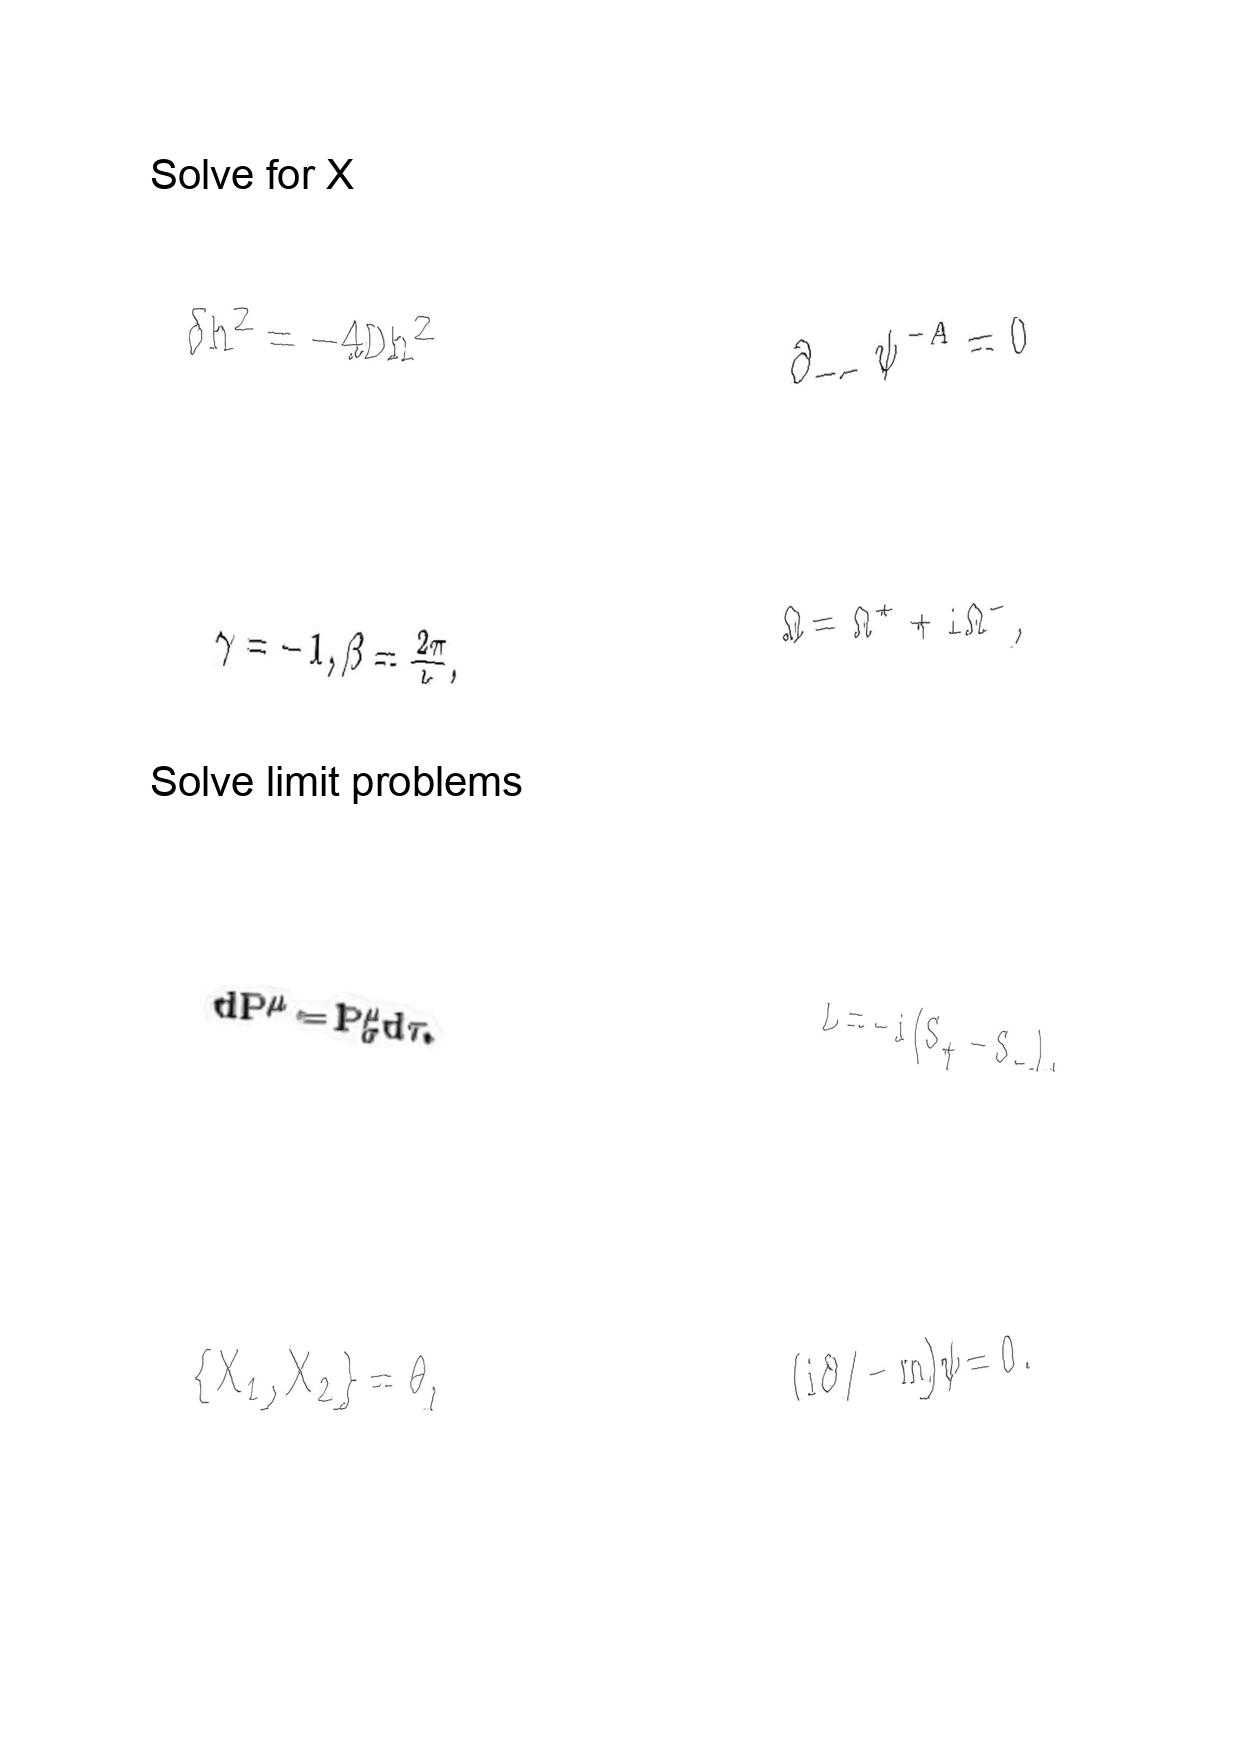
LaTeX transcription:
\delta h ^ { 2 } = - 4 D h ^ { 2 }
\gamma = - 1 , \beta = \frac { 2 \pi } { k } ,
d P ^ { \mu } = P _ { \sigma } ^ { \mu } d \tau .
\lbrace X _ { 1 } , X _ { 2 } \rbrace = \theta ,
\partial _ { - - } \psi ^ { - A } = 0
\Omega = \Omega ^ { + } + i \Omega ^ { - } ,
L = - i \lparen S _ { + } - S _ { - } \rparen .
\lparen i \partial / - m \rparen \psi = 0 .